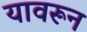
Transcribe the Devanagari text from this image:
यावरून